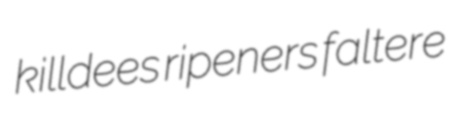
killdees ripeners faltere